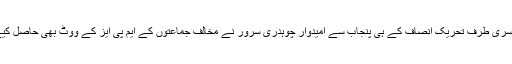
دوسری طرف تحریک انصاف کے ہی پنجاب سے امیدوار چوہدری سرور نے مخالف جماعتوں کے ایم پی ایز کے ووٹ بھی حاصل کیے۔